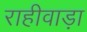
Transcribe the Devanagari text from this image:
राहीवाड़ा